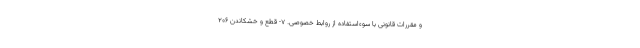
و مقررات قانونی با سوءاستفاده از روابط خصوصی. ۷- قطع و خشکاندن ۲۰۶